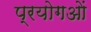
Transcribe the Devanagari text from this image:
प्रयोगओं